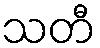
သတီ